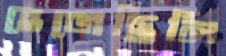
হেজেছিলি